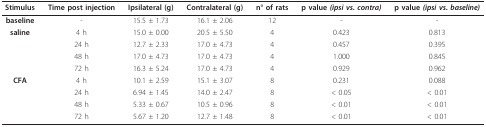
<table><thead><tr><td><b>Stimulus</b></td><td><b>Time post injection</b></td><td><b>Ipsilateral (g)</b></td><td><b>Contralateral (g)</b></td><td><b>n° of rats</b></td><td><b>p value <i>(ipsi vs. contra)</i></b></td><td><b>p value <i>(ipsi vs. baseline)</i></b></td></tr></thead><tbody><tr><td><b>baseline</b></td><td>-</td><td>15.5 ± 1.73</td><td>16.1 ± 2.06</td><td>12</td><td>-</td><td>-</td></tr><tr><td><b>saline</b></td><td>4 h</td><td>15.0 ± 0.00</td><td>20.5 ± 5.50</td><td>4</td><td>0.423</td><td>0.813</td></tr><tr><td></td><td>24 h</td><td>12.7 ± 2.33</td><td>17.0 ± 4.73</td><td>4</td><td>0.457</td><td>0.395</td></tr><tr><td></td><td>48 h</td><td>17.0 ± 4.73</td><td>17.0 ± 4.73</td><td>4</td><td>1.000</td><td>0.845</td></tr><tr><td></td><td>72 h</td><td>16.3 ± 5.24</td><td>17.0 ± 4.73</td><td>4</td><td>0.929</td><td>0.962</td></tr><tr><td><b>CFA</b></td><td>4 h</td><td>10.1 ± 2.59</td><td>15.1 ± 3.07</td><td>8</td><td>0.231</td><td>0.088</td></tr><tr><td></td><td>24 h</td><td>6.94 ± 1.45</td><td>14.0 ± 2.47</td><td>8</td><td>&lt; 0.05</td><td>&lt; 0.01</td></tr><tr><td></td><td>48 h</td><td>5.33 ± 0.67</td><td>10.5 ± 0.96</td><td>8</td><td>&lt; 0.01</td><td>&lt; 0.01</td></tr><tr><td></td><td>72 h</td><td>5.67 ± 1.20</td><td>12.7 ± 1.48</td><td>8</td><td>&lt; 0.01</td><td>&lt; 0.01</td></tr></tbody></table>